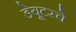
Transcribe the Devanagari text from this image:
डेयूटस्चे